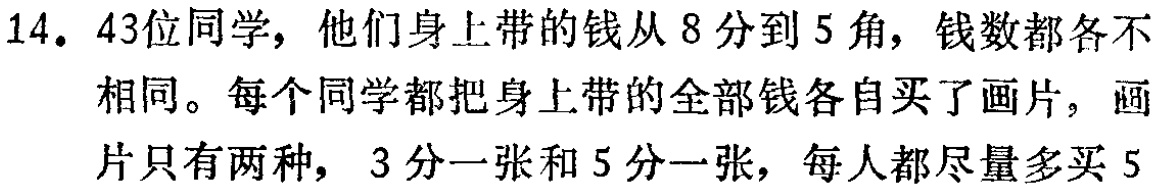
14. 43位同学，他们身上带的钱从8分到5角，钱数都各不相同。每个同学都把身上带的全部钱各自买了画片，画片只有两种，3分一张和5分一张，每人都尽量多买5